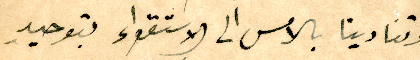
وتنادينا بالامس الى الاستقواء بتوحيدِ